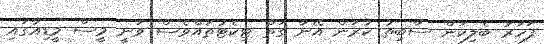
ފަހަރު ބެލިކަން ސާބިތު ކުރަން އޭނާ ގަތް ޓިކެޓުތައްވެސް ވަނީ މީސް މީޑިއާގައި